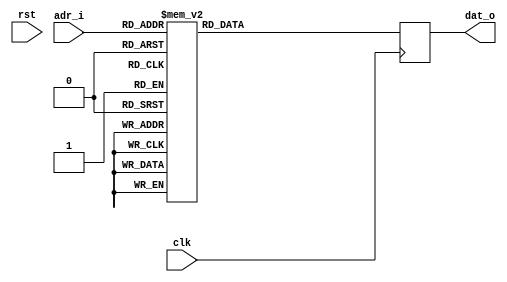
//
// Verilog Module leela.leela_cam_sprite
//
// Created:
//          by - spritegen.pike
//          at - 16:51:27 06/03/2004
`resetall
`timescale 1ns/10ps
module leela_cam_sprite (
       // Syscon interface
       clk, rst,

       // Sprite memory interface
       adr_i, dat_o
);

// Syscon interface
input			clk;
input			rst;

// Sprite memory interface
input	[5:0]		adr_i;
output  [31:0]		dat_o;
reg	[31:0]		dat_o;

always @(posedge clk) begin
case(adr_i)
6'h00: dat_o <= 32'b00000000000011111111000000000000;
6'h01: dat_o <= 32'b00000000011111111111111000000000;
6'h02: dat_o <= 32'b00000000111111111111111100000000;
6'h03: dat_o <= 32'b00000011111111111111111111000000;
6'h04: dat_o <= 32'b00000111111111111111111111100000;
6'h05: dat_o <= 32'b00001111111111111111111111110000;
6'h06: dat_o <= 32'b00011111111111111111111111111000;
6'h07: dat_o <= 32'b00011111111111111111111111111000;
6'h08: dat_o <= 32'b00111111111111111111111111111100;
6'h09: dat_o <= 32'b00111111111111111111111111111100;
6'h0A: dat_o <= 32'b01111111111111111111111111111110;
6'h0B: dat_o <= 32'b01111111111111111111111111111110;
6'h0C: dat_o <= 32'b01111111111111111111111111111110;
6'h0D: dat_o <= 32'b11111111111111111111111111111111;
6'h0E: dat_o <= 32'b11111111111111111111111111111111;
6'h0F: dat_o <= 32'b11111111111111111111111111111111;
6'h10: dat_o <= 32'b11111111111111111111111111111111;
6'h11: dat_o <= 32'b11111111111111111111111111111111;
6'h12: dat_o <= 32'b11111111111111111111111111111111;
6'h13: dat_o <= 32'b01111111111111111111111111111110;
6'h14: dat_o <= 32'b01111111111111111111111111111110;
6'h15: dat_o <= 32'b01111111111111111111111111111110;
6'h16: dat_o <= 32'b00111111111111111111111111111100;
6'h17: dat_o <= 32'b00111111111111111111111111111100;
6'h18: dat_o <= 32'b00011111111111111111111111111000;
6'h19: dat_o <= 32'b00011111111111111111111111111000;
6'h1A: dat_o <= 32'b00001111111111111111111111110000;
6'h1B: dat_o <= 32'b00000111111111111111111111100000;
6'h1C: dat_o <= 32'b00000011111111111111111111000000;
6'h1D: dat_o <= 32'b00000000111111111111111100000000;
6'h1E: dat_o <= 32'b00000000011111111111111000000000;
6'h1F: dat_o <= 32'b00000000000011111111000000000000;
6'h20: dat_o <= 32'b00000000000000000000000000000000;
6'h21: dat_o <= 32'b00000000000000000000000000000000;
6'h22: dat_o <= 32'b00000000000000000000000000000000;
6'h23: dat_o <= 32'b00000000000000000000000000000000;
6'h24: dat_o <= 32'b00000000000000000000000000000000;
6'h25: dat_o <= 32'b00000000000000000000000000000000;
6'h26: dat_o <= 32'b00000000000000000000000000000000;
6'h27: dat_o <= 32'b00000000000000000000000000000000;
6'h28: dat_o <= 32'b00000000000001111110000000000000;
6'h29: dat_o <= 32'b00000000000011111111000000000000;
6'h2A: dat_o <= 32'b00000000001111111111110000000000;
6'h2B: dat_o <= 32'b00000000001111111111110000000000;
6'h2C: dat_o <= 32'b00000000011111111111111000000000;
6'h2D: dat_o <= 32'b00000000011111111111111000000000;
6'h2E: dat_o <= 32'b00000000111111111111111100000000;
6'h2F: dat_o <= 32'b00000000111111111111111100000000;
6'h30: dat_o <= 32'b00000000111111111111111100000000;
6'h31: dat_o <= 32'b00000000111111111111111100000000;
6'h32: dat_o <= 32'b00000000011111111111111000000000;
6'h33: dat_o <= 32'b00000000011111111111111000000000;
6'h34: dat_o <= 32'b00000000001111111111110000000000;
6'h35: dat_o <= 32'b00000000001111111111110000000000;
6'h36: dat_o <= 32'b00000000000011111111000000000000;
6'h37: dat_o <= 32'b00000000000001111110000000000000;
6'h38: dat_o <= 32'b00000000000000000000000000000000;
6'h39: dat_o <= 32'b00000000000000000000000000000000;
6'h3A: dat_o <= 32'b00000000000000000000000000000000;
6'h3B: dat_o <= 32'b00000000000000000000000000000000;
6'h3C: dat_o <= 32'b00000000000000000000000000000000;
6'h3D: dat_o <= 32'b00000000000000000000000000000000;
6'h3E: dat_o <= 32'b00000000000000000000000000000000;
6'h3F: dat_o <= 32'b00000000000000000000000000000000;
default: dat_o <= 32'b0;
endcase
end

endmodule // leela_cam_sprite
// Local Variables:
// verilog-library-directories:("." ".." "../or1200" "../jpeg" "../pkmc" "../dvga" "../uart" "../monitor" "../lab1" "../dafk_tb" "../eth" "../wb" "../leela")
// End: